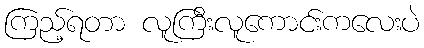
ကြည့်ရတာ လူကြီးလူကောင်းကလေးပဲ